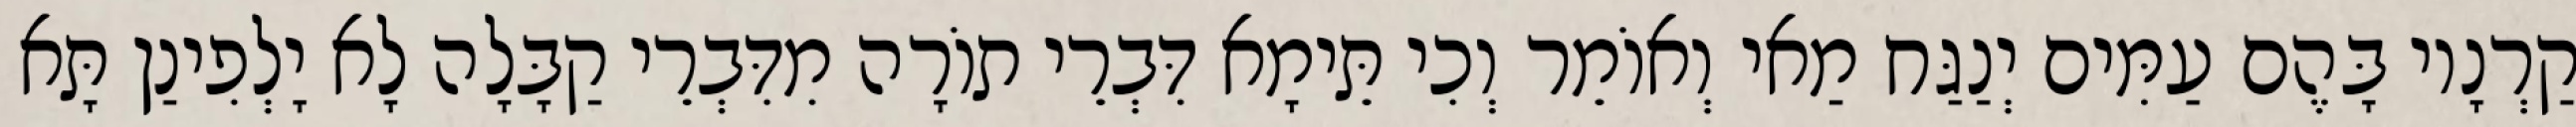
קַרְנָיו בָּהֶם עַמִּים יְנַגַּח מַאי וְאוֹמֵר וְכִי תֵּימָא דִּבְרֵי תוֹרָה מִדִּבְרֵי קַבָּלָה לָא יָלְפִינַן תָּא